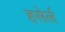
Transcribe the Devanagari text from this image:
हसेर्ल